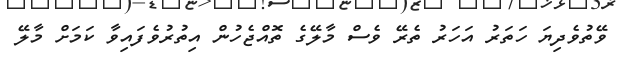
ވޭތުވެދިޔަ ހަތަރު އަހަރު ތެރޭ ވެސް މާލޭގެ ތޮއްޖެހުން އިތުރުވެފައިވާ ކަމަށް މާލޭ